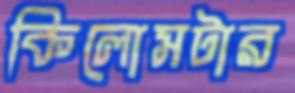
কিলোমটার